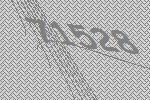
71528